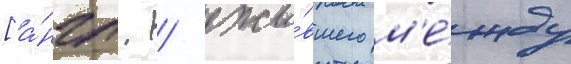
[а́нгл. / жи́вшего м'е́жду